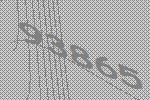
93865